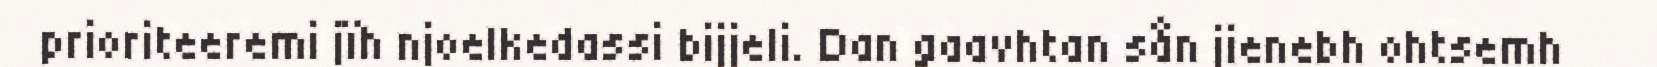
prioriteeremi jïh njoelkedassi bijjeli. Dan gaavhtan sån jienebh ohtsemh